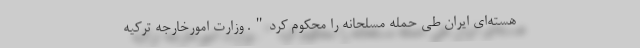
هسته‌ای ایران طی حمله مسلحانه را محکوم کرد". وزارت امورخارجه ترکیه